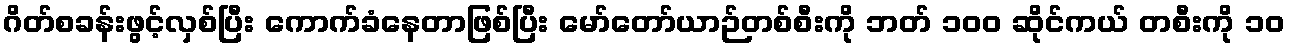
ဂိတ်စခန်းဖွင့်လှစ်ပြီး ကောက်ခံနေတာဖြစ်ပြီး မော်တော်ယာဉ်တစ်စီးကို ဘတ် ၁၀၀ ဆိုင်ကယ် တစီးကို ၁၀